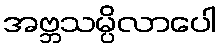
အဗ္ဘသမ္ပိလာပေါ